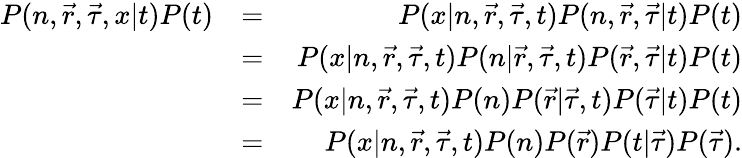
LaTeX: \begin{array}{rlr}{P(n,\vec{r},\vec{\tau},x|t)P(t)}&{=}&{P(x|n,\vec{r},\vec{\tau},t)P(n,\vec{r},\vec{\tau}|t)P(t)}\\ &{=}&{P(x|n,\vec{r},\vec{\tau},t)P(n|\vec{r},\vec{\tau},t)P(\vec{r},\vec{\tau}|t)P(t)}\\ &{=}&{P(x|n,\vec{r},\vec{\tau},t)P(n)P(\vec{r}|\vec{\tau},t)P(\vec{\tau}|t)P(t)}\\ &{=}&{P(x|n,\vec{r},\vec{\tau},t)P(n)P(\vec{r})P(t|\vec{\tau})P(\vec{\tau}).}\end{array}